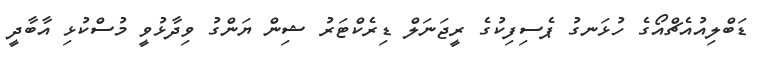
ޑަބްލިއުއެޗްއޯގެ ހުޅަނގު ޕެސިފިކުގެ ރީޖަނަލް ޑިރެކްޓަރު ޝިން ޔަންގު ވިދާޅުވީ މުސްކުޅި އާބާދީ